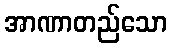
အာဏာတည်သော